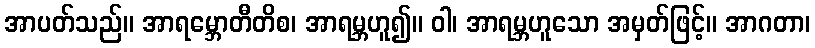
အာပတ်သည်။ အာရမ္ဘောတီတိစ၊ အာရမ္ဘဟူ၍။ ဝါ၊ အာရမ္ဘဟူသော အမှတ်ဖြင့်။ အာဂတာ၊